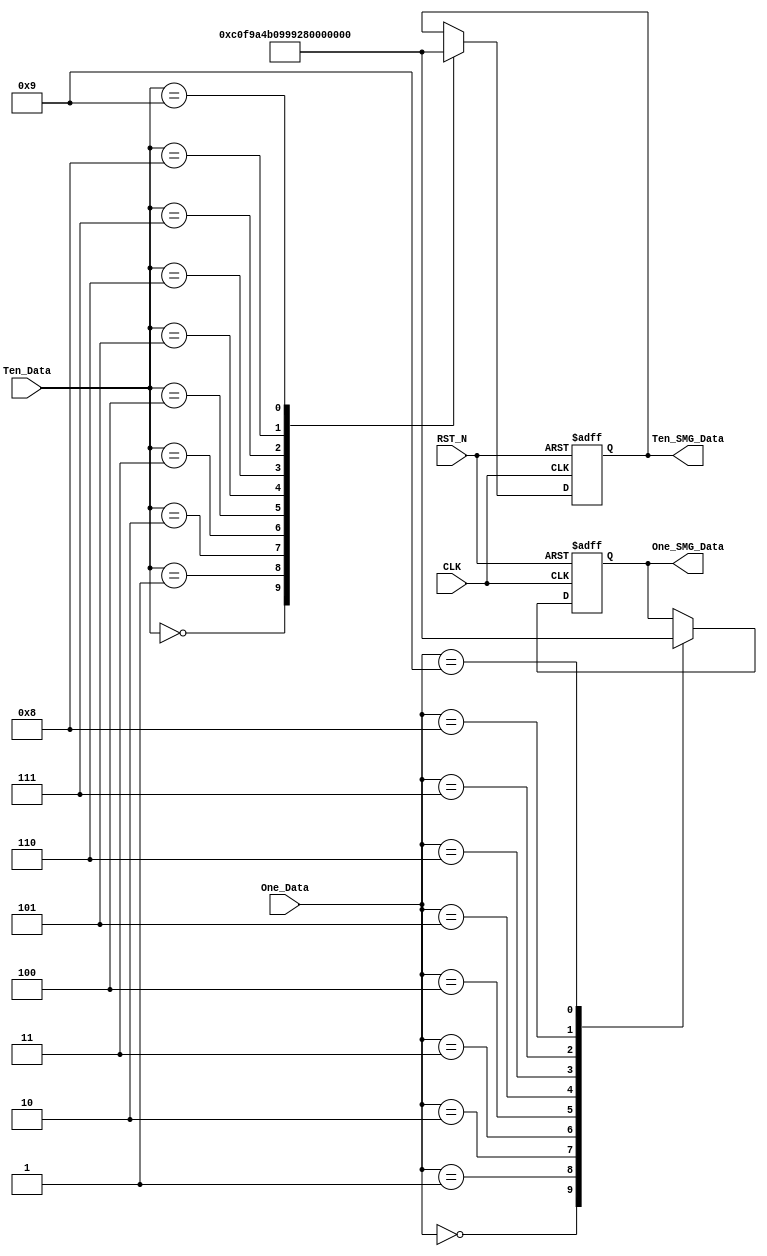
module smg_encoder_module
(
	CLK,RST_N,
	Ten_Data,One_Data,
	Ten_SMG_Data,One_SMG_Data
);

input CLK;
input RST_N;
input[4:1] Ten_Data, One_Data;
output[8:1] Ten_SMG_Data, One_SMG_Data;

/****************************************************/

	parameter seg0 = 8'hc0, seg1 = 8'hf9,
			    seg2 = 8'ha4, seg3 = 8'hb0,
			    seg4 = 8'h99, seg5 = 8'h92,
			    seg6 = 8'h82, seg7 = 8'hf8,
			    seg8 = 8'h80, seg9 = 8'h90,
			    sega = 8'h88, segb = 8'h83,
			    segc = 8'hc6, segd = 8'ha1,
			    sege = 8'h86, segf = 8'h8e;

/****************************************************/

reg[7:0] rTen_SMG_Data;

always@(posedge CLK or negedge RST_N)
	if(!RST_N)
		begin
			rTen_SMG_Data <= 8'hff;
		end
   else 
		case(Ten_Data)
		
			4'd0: rTen_SMG_Data <= seg0;	
			4'd1: rTen_SMG_Data <= seg1;	
			4'd2: rTen_SMG_Data <= seg2;	
			4'd3: rTen_SMG_Data <= seg3;
			4'd4: rTen_SMG_Data <= seg4;	
			4'd5: rTen_SMG_Data <= seg5;
			4'd6: rTen_SMG_Data <= seg6;	
			4'd7: rTen_SMG_Data <= seg7;
         4'd8: rTen_SMG_Data <= seg8;
			4'd9: rTen_SMG_Data <= seg9;
		endcase

/********************************************************/	

reg[7:0] rOne_SMG_Data;

always@(posedge CLK or negedge RST_N)
	if(!RST_N)
		begin
			rOne_SMG_Data <= 8'hff;
		end
   else 
		case(One_Data)
		
			4'd0: rOne_SMG_Data <= seg0;	
			4'd1: rOne_SMG_Data <= seg1;	
			4'd2: rOne_SMG_Data <= seg2;	
			4'd3: rOne_SMG_Data <= seg3;
			4'd4: rOne_SMG_Data <= seg4;	
			4'd5: rOne_SMG_Data <= seg5;
			4'd6: rOne_SMG_Data <= seg6;	
			4'd7: rOne_SMG_Data <= seg7;
         4'd8: rOne_SMG_Data <= seg8;
			4'd9: rOne_SMG_Data <= seg9;
		endcase

/*****************************************************************/

	assign Ten_SMG_Data = rTen_SMG_Data;
	assign One_SMG_Data = rOne_SMG_Data;

/*****************************************************************/


endmodule